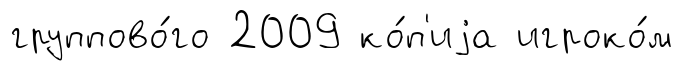
группово́го 2009 ко́п'иjа игроко́м